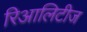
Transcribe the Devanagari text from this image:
रिआलिटीज